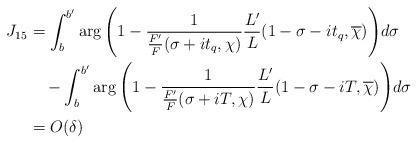
LaTeX: \begin{align*}J_{15} &= \int_b^{b'} \arg{\left( 1 - \frac{1}{\frac{F'}{F}(\sigma+it_q,\chi)} \frac{L'}{L}(1-\sigma-it_q,\overline{\chi}) \right)} d\sigma \\&\quad- \int_b^{b'} \arg{\left( 1 - \frac{1}{\frac{F'}{F}(\sigma+iT,\chi)} \frac{L'}{L}(1-\sigma-iT,\overline{\chi}) \right)} d\sigma \\&= O(\delta)\end{align*}